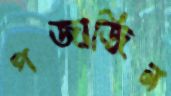
গজাজিন